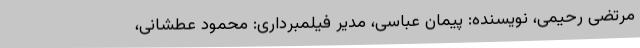
مرتضی رحیمی، نویسنده: پیمان عباسی، مدیر فیلمبرداری: محمود عطشانی،